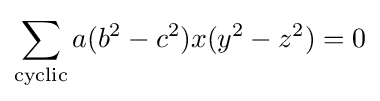
\sum _{\text{cyclic}}a(b^{2}-c^{2})x(y^{2}-z^{2})=0